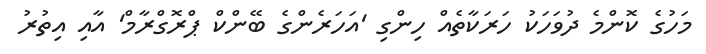
މަހުގެ ކޮންމެ ދުވަހަކު ހަރަކާތެއް ހިންގި 'އަހަރެންގެ ބޭންކް ޕްރޮގްރާމް' އާއި އިތުރު